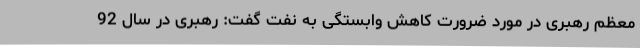
معظم رهبری در مورد ضرورت کاهش وابستگی به نفت گفت: رهبری در سال 92